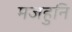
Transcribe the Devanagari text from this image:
मजहुनि